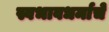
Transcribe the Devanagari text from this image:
स्वभावधर्माचे